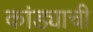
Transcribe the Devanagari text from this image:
कांड्याची